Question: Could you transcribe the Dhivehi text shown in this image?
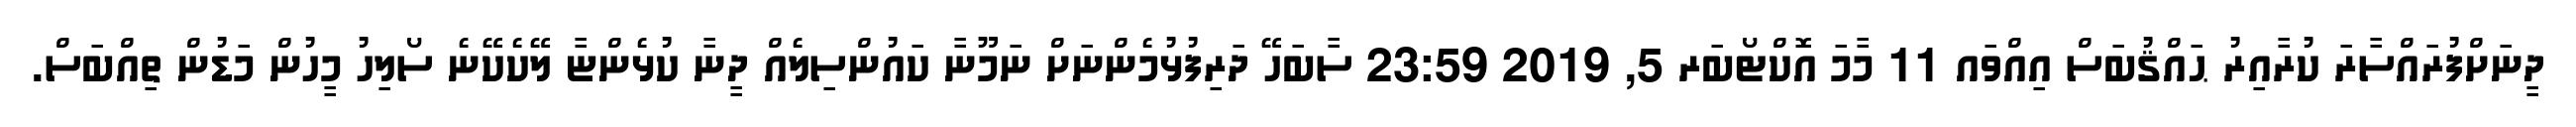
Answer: ދީނަށްފުރައްސާރަ ކުރާއިރު ޙައްޤުބަސް އިއްވައ 11 މާމަ އޮކްޓޯބަރ 5, 2019 23:59 ސާބަހޭ ދަރިފުޅުމެންނަށް ނަމޫނާ ކައުންސިލެއް ދީނާ ކުޅެންޏާ ލޭކެކޭނެ ސޯލިހު މީހުން މަޑުން ތިއްބަސް.